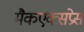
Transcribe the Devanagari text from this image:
मैकएक्सप्रेस